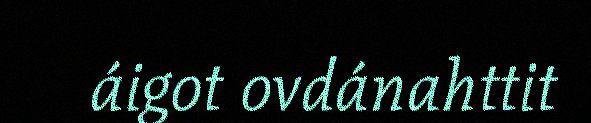
áigot ovdánahttit